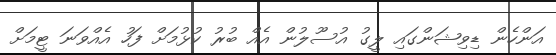
އަންހެން ޑިވިޝަންގައި ލީގު އުސޫލުން އެއް ބުރު ކުޅުމަށް ފަހު އެއްވަނަ ޓީމަށް